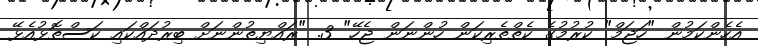
އެހެންކަމުން "ހަޖަމް" ކުރުމުގެ ކެތްތެރިކަން ހުންނަން ޖެހޭ" 3. "ރައްޔިތުންނަށް ބިރުދައްކައި ކަސްތޮޅުއެޅޭ